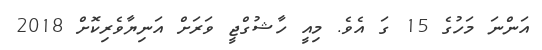
އަންނަ މަހުގެ 15 ގަ އެވެ. މިއީ ހާޝުގްޖީ ވަރަށް އަނިޔާވެރިކޮށް 2018